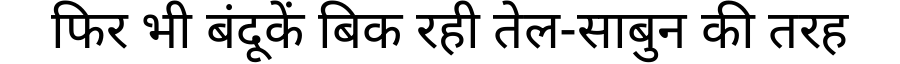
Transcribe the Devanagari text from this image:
फिर भी बंदूकें बिक रही तेल-साबुन की तरह